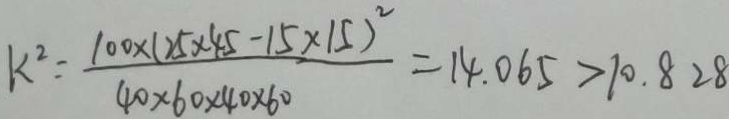
k ^ { 2 } = \frac { 1 0 0 \times ( 2 5 \times 4 5 - 1 5 \times 1 5 ) ^ { 2 } } { 4 0 \times 6 0 \times 4 0 \times 6 0 } = 1 4 . 0 6 5 > 1 0 . 8 2 8